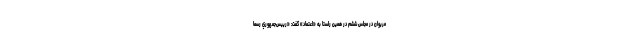
مريوان در مجلس ششم در همين راستا به «اعتماد» گفت: «رييس‌جمهوري رسما